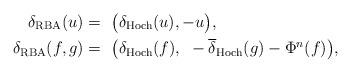
LaTeX: \begin{align*}\delta_\mathrm{RBA} (u) =~& \big( \delta_\mathrm{Hoch} (u), -u \big), \\\delta_\mathrm{RBA} (f, g) =~& \big( \delta_\mathrm{Hoch} (f), ~ - \overline{\delta}_\mathrm{Hoch} (g) - \Phi^n (f) \big),\end{align*}